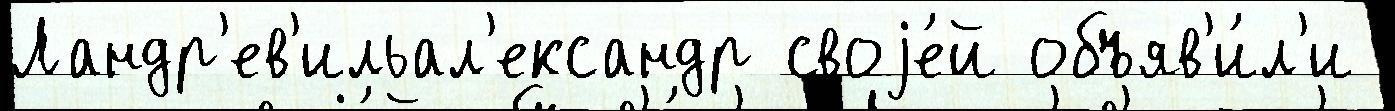
Ландр'ев'ильал'ександр своjе́й объяв'и́л'и